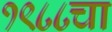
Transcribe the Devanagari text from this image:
१९८८चा